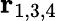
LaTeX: \mathbf{r}_{1,3,4}